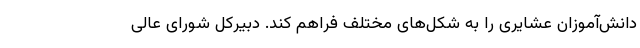
دانش‌آموزان عشایری را به شکل‌های مختلف فراهم کند. دبیرکل شورای عالی